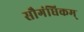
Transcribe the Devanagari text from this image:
सौगंधिकम्